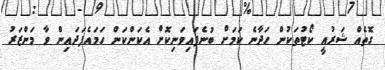
ގޮތެއް ޝަރުއީ ކޯޓުތަކުން ހަދާނެ ކަމަށް ބުނެފައިވަނިކޮށް އެކަންކަން ހަމައެފަދައިން ވާ މަންޒަރު